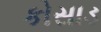
કોસાડ